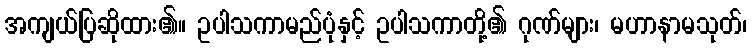
အကျယ်ပြဆိုထား၏။ ဥပါသကာမည်ပုံနှင့် ဥပါသကာတို့၏ ဂုဏ်များ၊ မဟာနာမသုတ်၊